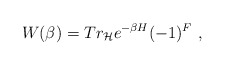
\begin{align*}W(\beta)= Tr_{\cal H} e^{-\beta H} (-1)^F \ ,\end{align*}